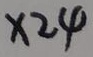
\times 2 4